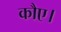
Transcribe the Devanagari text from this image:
कौए।